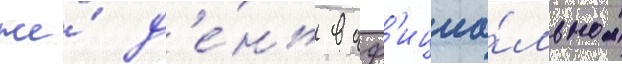
же́ д'е́нь в оф'ициа́льном